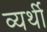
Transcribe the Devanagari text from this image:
व्‍यर्थी